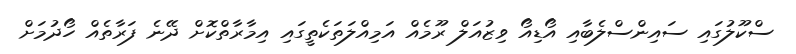
ސްކޫލުގައި ސައިންސްލެބާއި އޯޑިއޯ ވިޒުއަލް ރޫމެއް އަމިއްލަތަކެތީގައި އިމާރާތްކޮށް ދޭނެ ފަރާތެއް ހޯދުމަށް